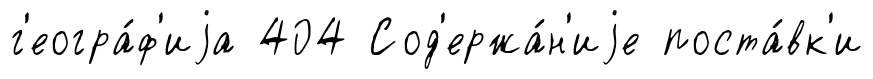
г'еогра́ф'иjа 404 Сод'ержа́н'иjе поста́вк'и